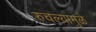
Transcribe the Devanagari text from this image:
रुचल्यामुळे